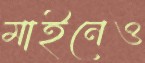
মাইনেও